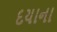
દયાના